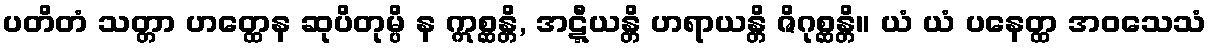
ပတိတံ သတ္တာ ဟတ္ထေန ဆုပိတုမ္ပိ န ဣစ္ဆန္တိ, အဋ္ဋီယန္တိ ဟရာယန္တိ ဇိဂုစ္ဆန္တိ။ ယံ ယံ ပနေတ္ထ အဝသေသံ